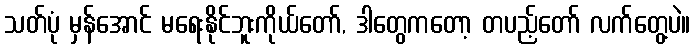
သတ်ပုံ မှန်အောင် မရေးနိုင်ဘူးကိုယ်တော်, ဒါတွေကတော့ တပည့်တော် လက်တွေ့ပဲ။